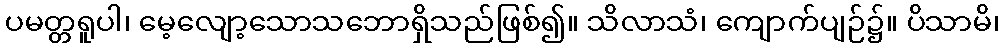
ပမတ္တရူပါ၊ မေ့လျော့သောသဘောရှိသည်ဖြစ်၍။ သိလာသံ၊ ကျောက်ပျဉ်၌။ ပိသာမိ၊